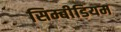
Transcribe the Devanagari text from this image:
सिम्बीडियम